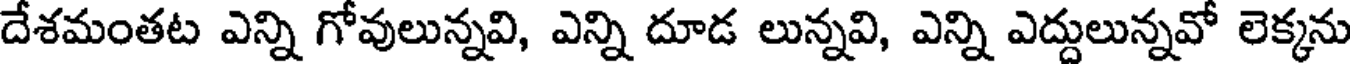
దేశమంతట ఎన్ని గోవులున్నవి, ఎన్ని దూడ లున్నవి, ఎన్ని ఎద్దులున్నవో లెక్కను